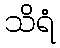
သိရံ